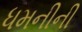
ધમનીની